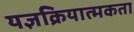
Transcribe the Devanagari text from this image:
यज्ञक्रियात्मकता